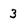
Character: 3